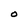
Character: O